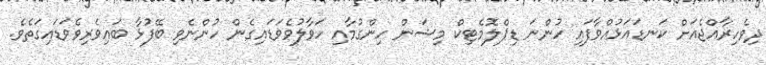
ދިވެހިރާއްޖެއަށް ކަނޑައަޅުއްވާފައި ހުންނަ ޑިޕްލޮމެޓިކް މިޝަން ހިންގުމާއި ހަވާލުވެވަޑައިގެން ހުންނެވި ބޭފުޅާ ބައިވެރިވެވަޑައިގަތެވެ.